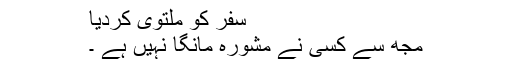
سفر کو ملتوی کردیا
مجھ سے کسی نے مشورہ مانگا نہیں ہے ۔